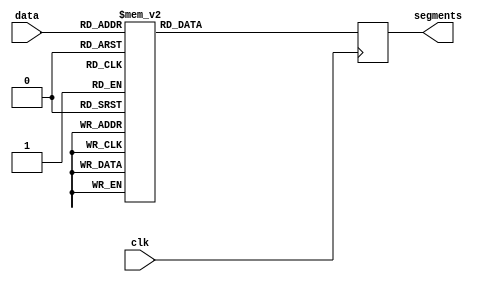
module hex_to_seg(
    input clk,
    input [3:0] data,

    output [7:0] segments
);


reg [7:0] segments_reg;
assign segments = segments_reg;


always @(posedge clk) begin
    case (data) 
        4'b0000: segments_reg <= 8'b00111111;  //zero // dot, g, f, e, d, c, b, a
        4'b0001: segments_reg <= 8'b00000110;  //one
        4'b0010: segments_reg <= 8'b01011011;  //two
        4'b0011: segments_reg <= 8'b01001111;  //three
        4'b0100: segments_reg <= 8'b01100110;  //four
        4'b0101: segments_reg <= 8'b01101101;  //five
        4'b0110: segments_reg <= 8'b01111101;  //six
        4'b0111: segments_reg <= 8'b00000111;  //seven
        4'b1000: segments_reg <= 8'b01111111;  //eight
        4'b1001: segments_reg <= 8'b01100111;  //nine
        4'b1010: segments_reg <= 8'b01110111;  //A
        4'b1011: segments_reg <= 8'b01111100;  //b
        4'b1100: segments_reg <= 8'b00111001;  //C
        4'b1101: segments_reg <= 8'b01011110;  //d
        4'b1110: segments_reg <= 8'b01111001;  //E
        4'b1111: segments_reg <= 8'b01110001;  //F
            default: segments_reg <= 8'b00000000;
    endcase
end

endmodule